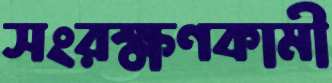
সংরক্ষণকামী